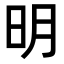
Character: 明